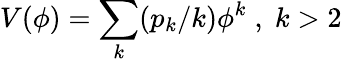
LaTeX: V(\phi)=\sum_{k}(p_{k}/k)\phi^{k}\; ,\; k>2